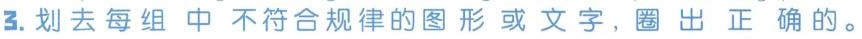
3.划去每组中不符合规律的图形或文字，圈出正确的。